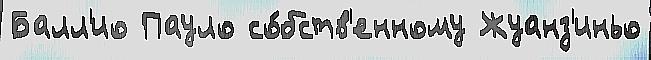
Балл'ио Пауло со́бств'енному Жуанз'иньо